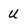
Character: u